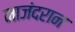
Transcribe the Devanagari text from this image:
माजंदरान